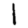
Digit: 1